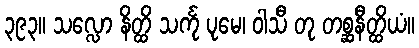
၃၉၃။ သလ္လော နိတ္ထိ သင်္ကု ပုမေ၊ ဝါသီ တု တစ္ဆနီတ္ထိယံ။